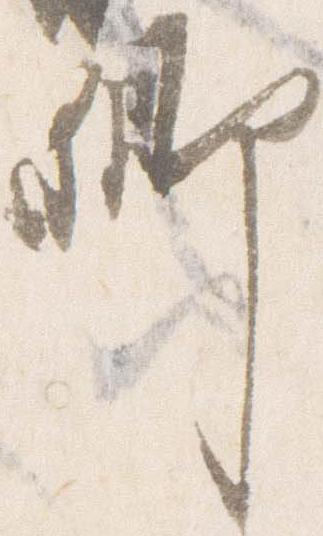
卿